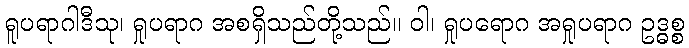
ရူပရာဂါဒီသု၊ ရှုပရာဂ အစရှိသည်တို့သည်။ ဝါ၊ ရှုပရောဂ အရှုပရာဂ ဥဒ္ဓစ္စ